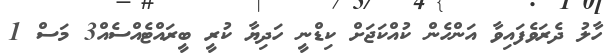
ހާލު ދެރަވެފައިވާ އަންހެން ކުއްކަޖަށް ކިޑްނީ ހަދިޔާ ކުރީ ބީރައްޓެއްސެއް3 މަސް 1